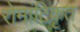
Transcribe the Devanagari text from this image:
रोमांटिकृत